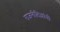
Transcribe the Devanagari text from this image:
राजनीतिज्ञांची